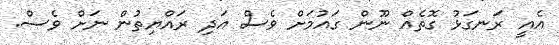
އެއީ ރަނގަޅު ގޮތެއް ނޫން ގައުމަށް ވެސް އަދި ރައްޔިތުން ނަށް ވެސް.